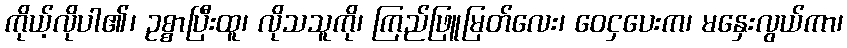
ကိုယ့်လိုပါ၏၊ ဥစ္စာပြီးထူ၊ လိုသသူကို၊ ကြည်ဖြူမြတ်လေး၊ ဝေငှပေးက၊ မနှေးလွယ်ကာ၊